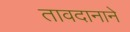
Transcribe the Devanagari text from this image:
तावदानाने